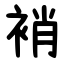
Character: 䘯